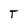
Character: T